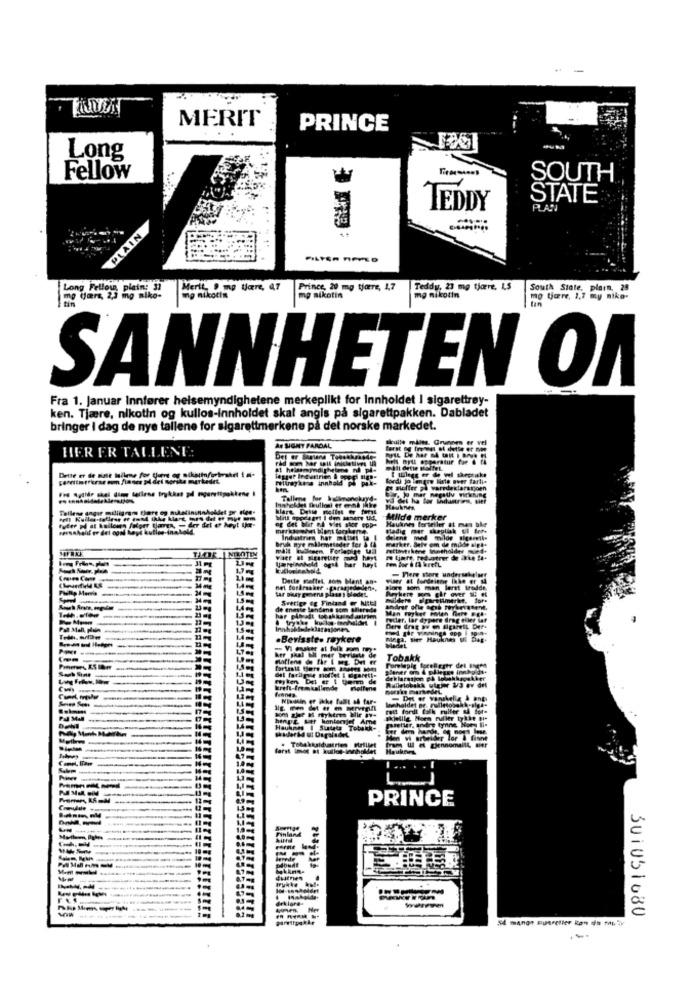
MERIT
PRINCE
Long
Fellow
SOUTH
STATE
TEDDY
PLAN
PLAIN
Long Fellow
plain: 31
Merth, 0 mg ware, at
Prince, 20 mg tjære, 1,7
Teddy, 23 mg tjære, LS
South State, plarn, 29
me dar, 2,3 mg miko-
mg nikotin
mg nikotin
mg nikotin
mo tjære, 1,7 my nike-
SANNHETEN OA
Fra 1. Januar Innfører helsemyndighetene merkeplikt for innholdet I sigarettrøy-
ken. Tjære, nikotin og kullos-innholdet skal angis på sigarettpakken. Dabladet
bringer I dag de nye tallene for sigarettmerkene på det norske markedet.
skulle malts. Grunnen er vel
AN SIGNY PARDAL
Eerst
HER ER TALLENE:
helt nytt opperatur for @ fh
alt dette BalfeL
Filtray'kena innhold PRE-
fordh jo loque liste over farlia
Et mefter yl varedeklargijoen
Tallene for Igimanckryd.
Tallene dagar mulligrom flare og nilatininn
Inahelyet fullest er ennt jahre Hauknes.
og det blir nd vies ster opp-
Hauknes forteller
MNide merker
versahalil er det ogal Leye kuties inabold
Industries har mitset ta
delent Med
milde
bulkeen. Forlepire ta
1.3 mg
heyt
ten bor & Ia brefL
- Tlere store undersøkelser
Dette meffel, om Ment an-
viser at fordelene Ikke er 14
tar pisy gunsens plass i blede
Hore som man lent Indde,
Sverige og Findand @ Netl
de eneste landene som allerede
tatler, lar dypere frag evier Sat
Pal Mal pain
1.5 mg
.Bevisste. røykere
Maga, Sier Hauknes
Tobakk
myten Det er I Denm de
det farligve moltes i sigarette
Rulletobakk wigpr 1/3 av det
kker
Det er vanskelig & ant
rett fordi folk puller &a Sore
mazetier
Hautmes I Sintatz Tobilo
og's lese.
farst inde at kullos innholdet
1
PRINCE
Finland
FAIRE
drklare
SU1051080